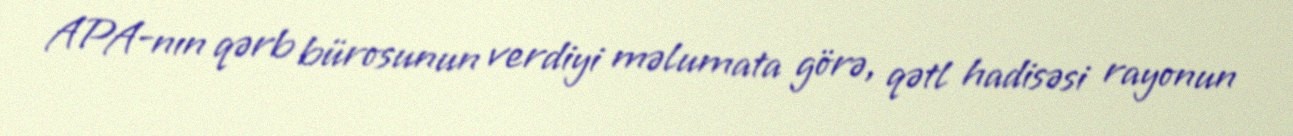
APA-nın qərb bürosunun verdiyi məlumata görə, qətl hadisəsi rayonun